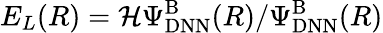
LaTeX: E_{L}(R)=\mathcal{H}\Psi_{\mathrm{DNN}}^{\mathrm{B}}(R)/\Psi_{\mathrm{DNN}}^{\mathrm{B}}(R)